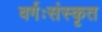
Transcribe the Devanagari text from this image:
वर्गःसंस्कृत